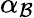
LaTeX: \alpha_{\mathcal{B}}